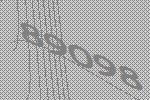
89098